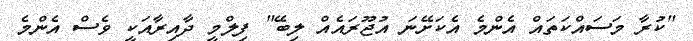
"ކުރާ މަސައްކަތައް އެންމެ އެކަށޭނަ އުޖޫރައެއް ލިބޭ" ފިލްމީ ދާއިރާއަކީ ވެސް އެންމެ